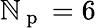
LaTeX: \mathbb{N}_{\mathrm{{~p~}}}=6